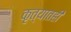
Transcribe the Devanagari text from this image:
कृत्यातही